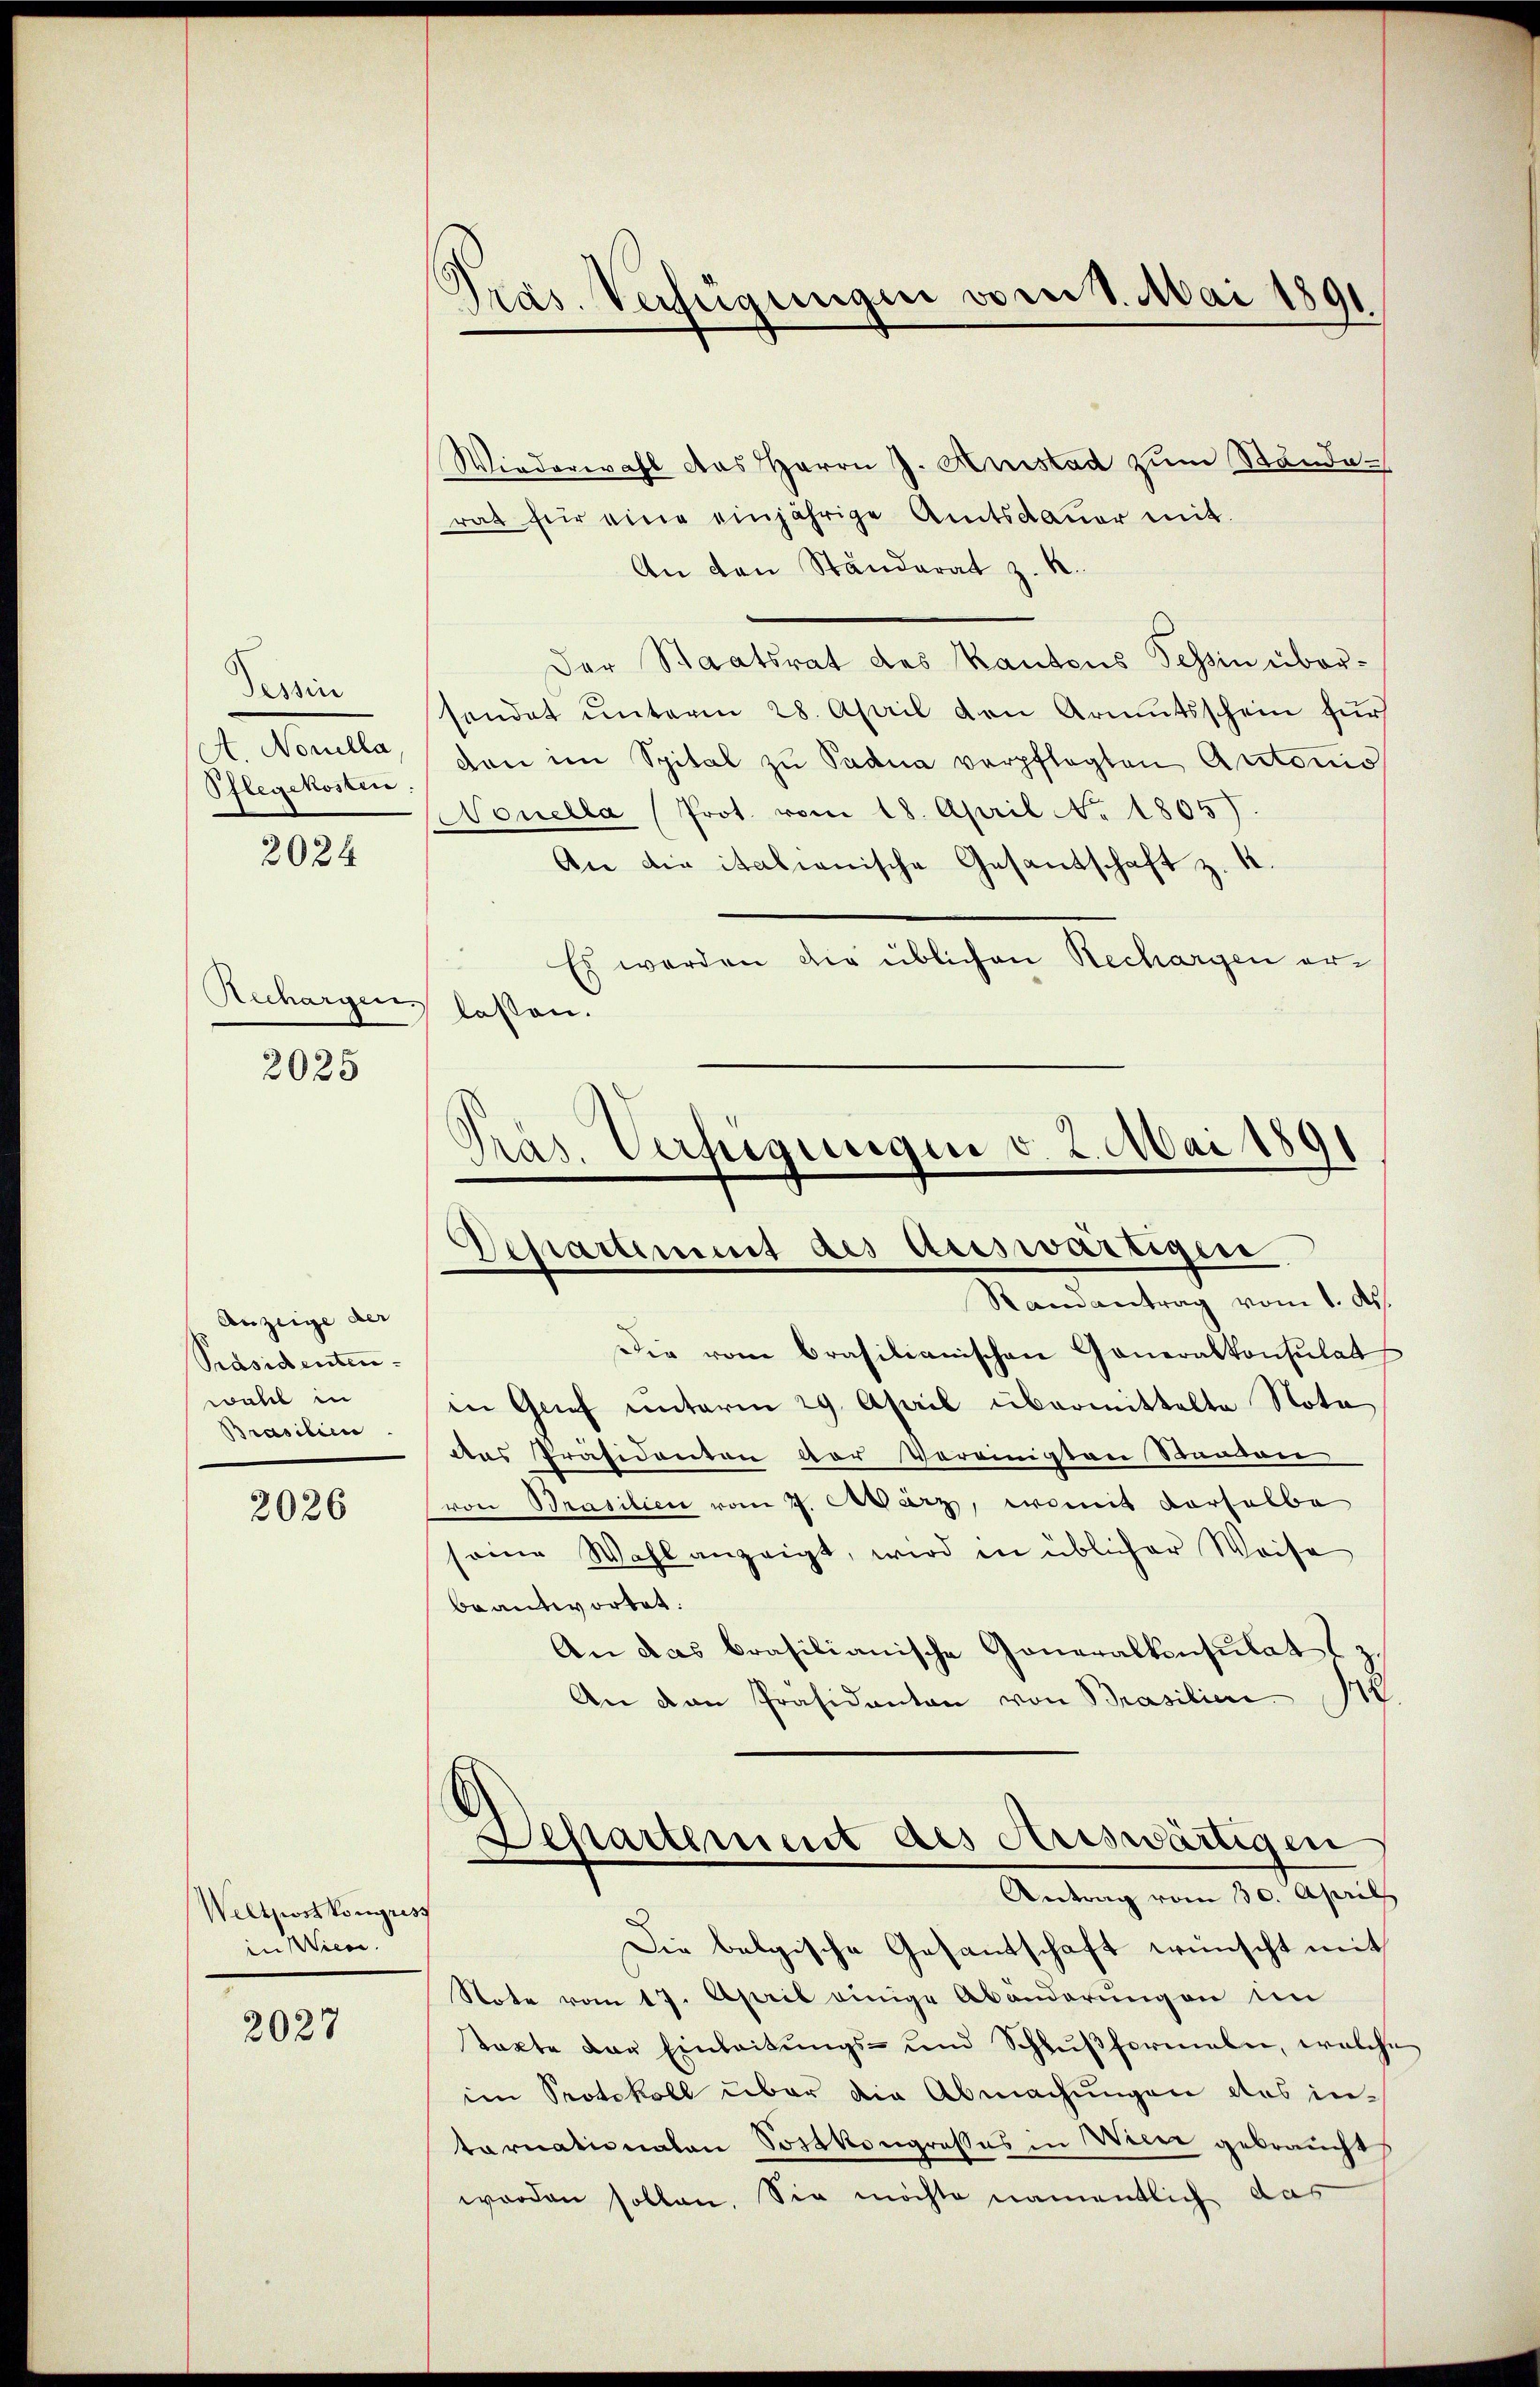
Perrin
A. Novella
Pflegekosten

2024

Rechargen lassen.
2025

Anzeige der
Präsidenten
wall in
Brasilien

2026

Weltpostkongress
in Wien.

2027

Präs. Verfügungen vom 8. Mai 1891

Wiederwahl das Herrn J. Anstad zum Ständerat für eine einjährige Amtsdauer mit
An den Ständerat z. R.
Der Staatsrat des Kantons Tessin übersendet unterm 28. April den Armutsschein für
den im Spital zŭ Sadna verpflegten Autorio
Nonella (Prot. vom 18. April No 1805)
An die italianische Gesantschaft z. B.
Es werden die üblichen Rechargen er¬
Präs. Verfügungen v. 2. Mai 1891
e

Departement des auswärtigen

Ramantrag vom 1. ds.
Die vom Brasilianischen Generalkonsulat
in Grief unterm 29. April übermittelte Nota
das Präsidenten vor Voreinigten Stanien
von Prasilien vom 7. März, womit derselbe
sene Wahl anzeigt, wird in üblicher Weise
beantwortet:
An das brasilianische Generalkonsulat
.
An den Präsidanten von Prasilien
Separtement des Auswärtigen
Antrag vom 30. Aprill
.
Die belgische Gesandschaft wünscht mit
Note vom 17. April einige Abänderungen im
tacte der Einleitungs- und Schlußformalen, welche
im Protokoll über die Abmachungen des intarnationalen Sortkongrosses in Weier gebraucht
worden sollen. Sie möchte namentlich das